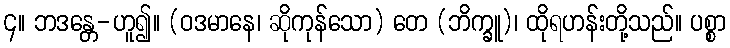
၄။ ဘဒန္တေ-ဟူ၍။ (ဝဒမာနေ၊ ဆိုကုန်သော) တေ (ဘိက္ခူ)၊ ထိုရဟန်းတို့သည်။ ပစ္စာ